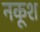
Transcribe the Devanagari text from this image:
नकूश